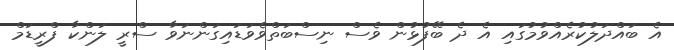
އެ ބައްދަލުކުރެއްވުމުގައި އެ ދެ ބޭފުޅުން ވެސް ނިސްބަތްވެވަޑައިގަންނަވާ ސްރީ ލަންކާ ފްރީޑަމް